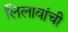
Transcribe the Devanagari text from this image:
लिलावांची